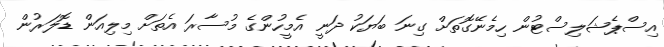
އިސްޕެޝަލިސްޓުން ހިމެނޭގޮތަށް ގިނަ ބަޔަކު ދަނީ އެމީހުންގެ މުސާރަ އެތަަށް މިލިއަން ޑޮލަރުން